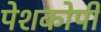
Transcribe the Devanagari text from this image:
पेशकोपी